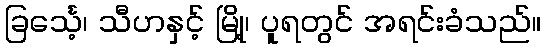
ခြင်္သေ့၊ သီဟနှင့် မြို့၊ ပူရတွင် အရင်းခံသည်။